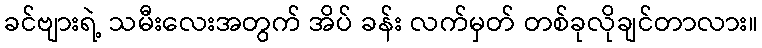
ခင်ဗျားရဲ့ သမီးလေးအတွက် အိပ် ခန်း လက်မှတ် တစ်ခုလိုချင်တာလား။